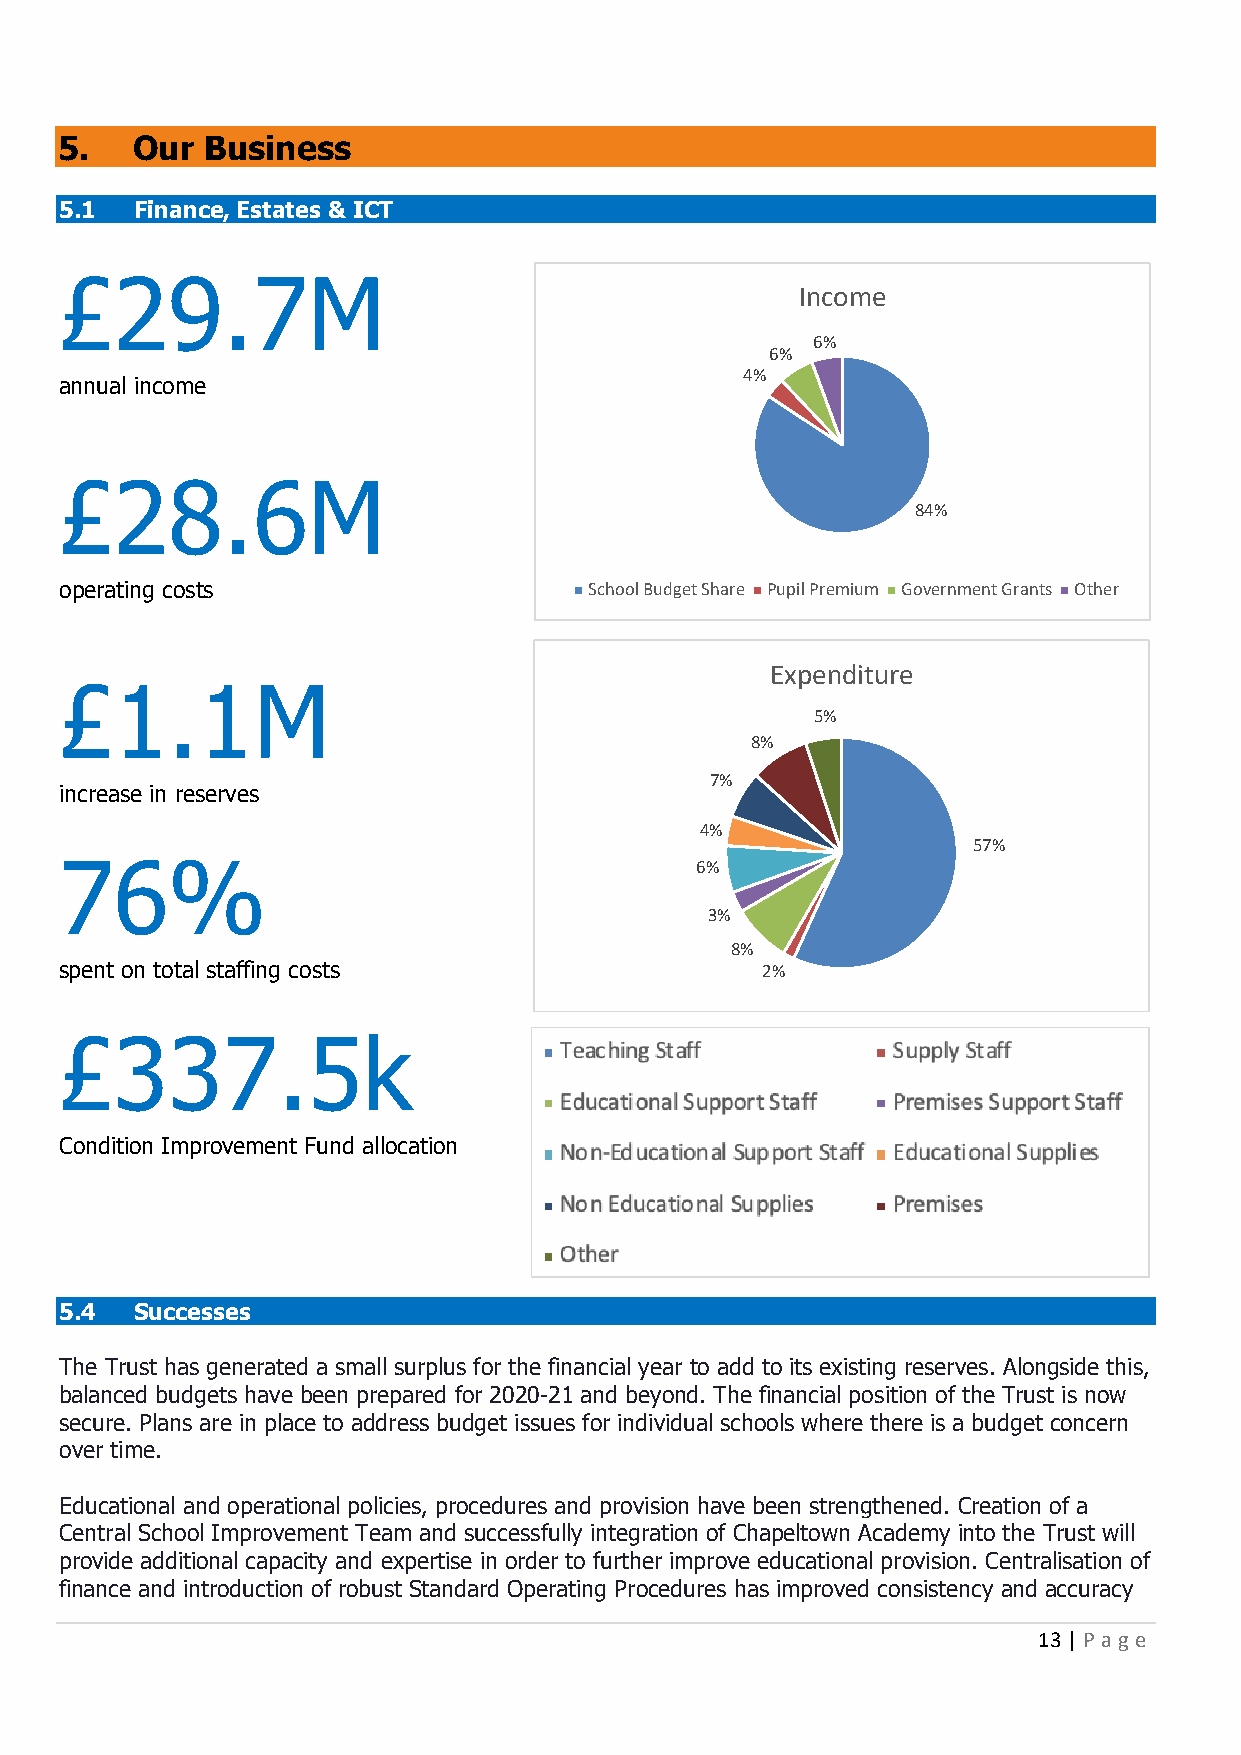
5.   Our Business
 5.1  Finance, Estates & ICT
 £29.7M
 Income
 6%
 6%
 4%
 annual income
 £28.6M
 84%
 operating costs                    School Budget Share Pupil Premium Government Grants Other
 Expenditure
 £1.1M
 5%
 8%
 7%
 increase in reserves
 4%
 57%
 76%                                       6%
 3%
 8%
 spent on total staffing costs                 2%
 £337.5k
 Condition Improvement Fund allocation
 5.4  Successes
 The Trust has generated a small surplus for the financial year to add to its existing reserves. Alongside this,
 balanced budgets have been prepared for 2020-21 and beyond. The financial position of the Trust is now
 secure. Plans are in place to address budget issues for individual schools where there is a budget concern
 over time.
 Educational and operational policies, procedures and provision have been strengthened. Creation of a
 Central School Improvement Team and successfully integration of Chapeltown Academy into the Trust will
 provide additional capacity and expertise in order to further improve educational provision. Centralisation of
 finance and introduction of robust Standard Operating Procedures has improved consistency and accuracy
 13 | P age